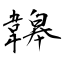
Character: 韟